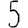
Digit: 5